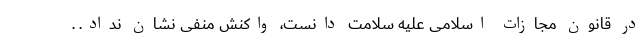
در قانون مجازات اسلامی علیه سلامت دانست، واکنش منفی نشان نداد. .